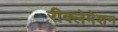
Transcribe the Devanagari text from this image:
रीक्लेमेशन